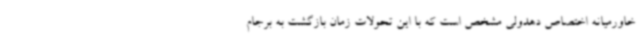
خاورمیانه اختصاص دهدولی مشخص است که با این تحولات زمان بازگشت به برجام